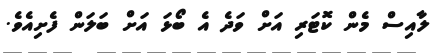
ލާއިސް މެން ކޮޓަރި އަށް ވަދެ އެ ބޯޅަ އަށް ބަލަން ފެށިއެވެ.